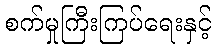
စက်မှုကြီးကြပ်ရေးနှင့်